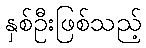
နှစ်ဦးဖြစ်သည့်